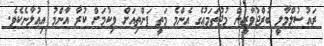
ރައުސުލްމާލީ ބުރްޖުވާޒީން މުޖުތަމަޢުގެ އެންމެ މަތީ ފަންތިއަށް ވިކުމަށް ކުރާ އާންމު އިޢުލާނެކެވެ.